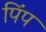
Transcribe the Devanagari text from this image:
पिंप